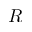
R